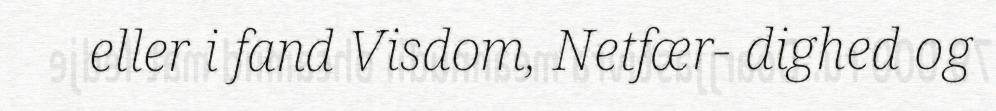
eller i fand Visdom, Netfær- dighed og